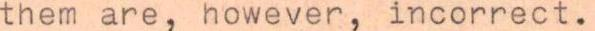
them are, however, incorrect.